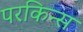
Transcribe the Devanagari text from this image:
परकिन्स